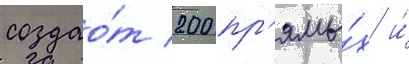
создао́т 200 пр'ямы́х и́